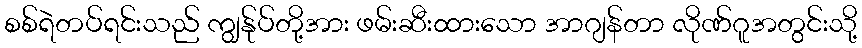
စစ်ရဲတပ်ရင်းသည် ကျွန်ုပ်တို့အား ဖမ်းဆီးထားသော အာဂျန်တာ လိုဏ်ဂူအတွင်းသို့